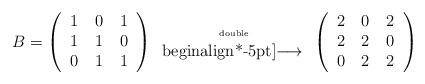
LaTeX: \begin{align*}B = \left(\begin{tabular}{ccc}$1$&$0$&$1$\\$1$&$1$&$0$\\$0$&$1$&$1$\end{tabular}\right)\begin{tabular}{c}\begin{tiny}{ double}\end{tiny}\\begin{align*}-5pt]$\longrightarrow$\end{tabular}\left(\begin{tabular}{rrr}$2$&$0$&$2$\\$2$&$2$&$0$\\$0$&$2$&$2$\end{tabular}\right)\end{align*}